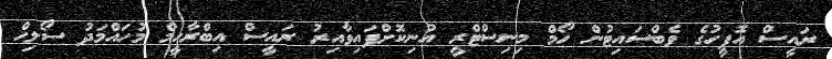
ރައީސް އޮފީހުގެ ވެބްސައިޓުން ހޯމް މިނިސްޓްރީ އުނިކޮށްފައިވާއިރު ރައީސް އިބްރާހީމް މުހައްމަދު ސޯލިހް